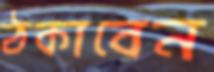
ঠকাবেন